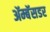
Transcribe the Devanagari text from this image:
ॲम्बॅसडर